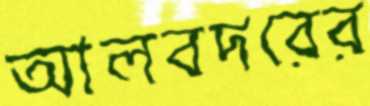
আলবদরের